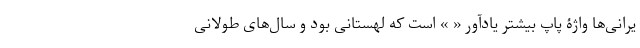
یرانی‌ها واژۀ پاپ بیشتر یادآور « » است که لهستانی بود و سال‌های طولانی